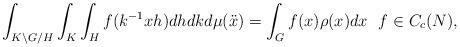
LaTeX: \begin{align*}\int_{K \backslash G /H} \int_K \int_H f (k^{-1} xh) dh dk d\mu(\ddot{x}) =\int_G f(x) \rho (x) d x\ \ f\in C_c(N),\end{align*}